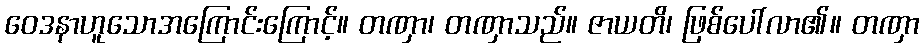
ဝေဒနာဟူသောအကြောင်းကြောင့်။ တဏှာ၊ တဏှာသည်။ ဇာယတိ၊ ဖြစ်ပေါ်လာ၏။ တဏှာ